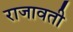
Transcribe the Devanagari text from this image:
राजावती